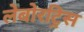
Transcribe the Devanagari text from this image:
लेबोरट्रिस